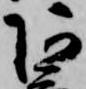
阿